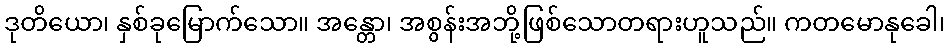
ဒုတိယော၊ နှစ်ခုမြောက်သော။ အန္တော၊ အစွန်းအဘို့ဖြစ်သောတရားဟူသည်။ ကတမောနုခေါ၊